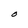
Character: O